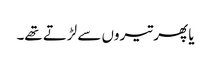
یا پھر تیروں سے لڑتے تھے۔